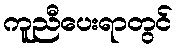
ကူညီပေးရာတွင်